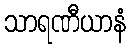
သာရဏီယာနံ